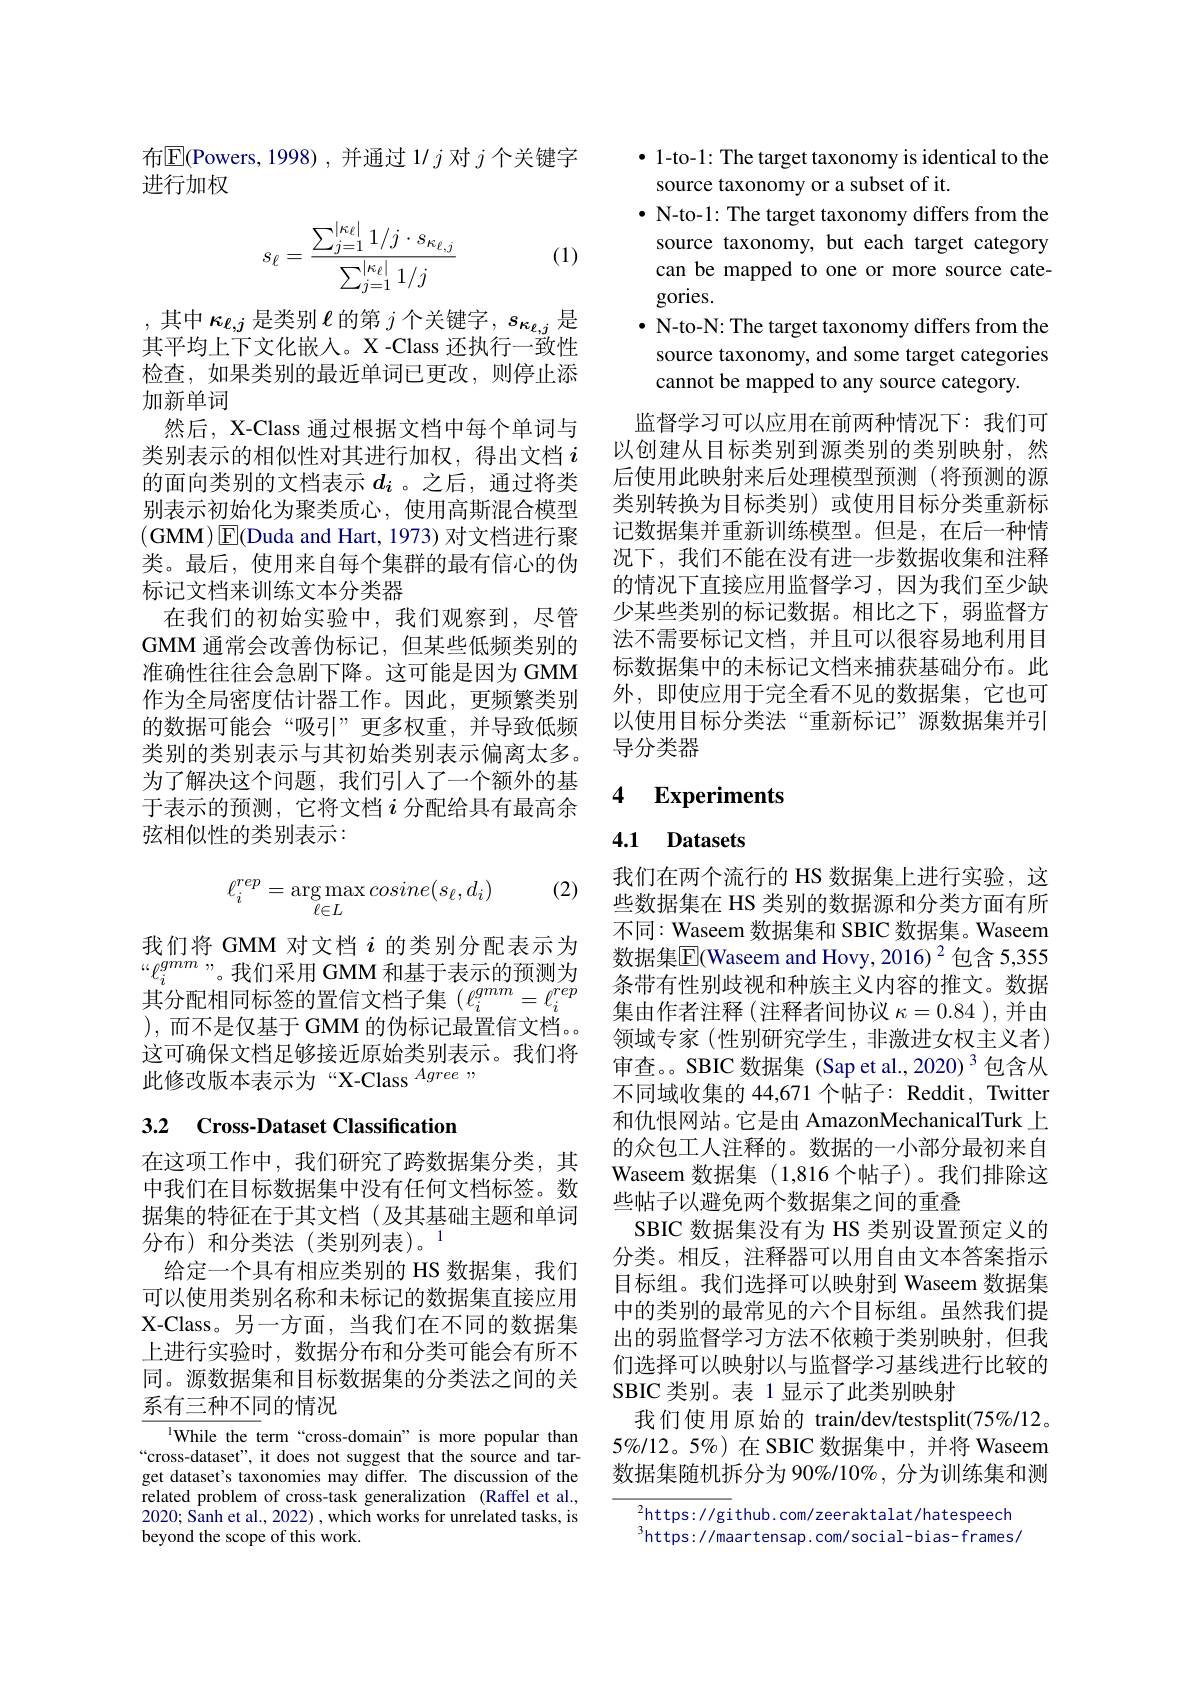
布$\boxed{\mathrm{E}}$(Powers,1998),并通过 1/ $j$对$j$个关键字
进行加权

(1)
$$s_\ell=\frac{\sum_{j=1}^{|\kappa_\ell|}1/j\cdot s_{\kappa_{\ell,j}}}{\sum_{j=1}^{|\kappa_\ell|}1/j}$$
,其中$\kappa_{\ell,j}$是类别$\ell$的第$j$个关键字$,s_\kappa_{\ell,j}$是其平均上下文化嵌入。X -Class 还执行一致性检查，如果类别的最近单词已更改，则停止添加新单词
然后，X-Class 通过根据文档中每个单词与类别表示的相似性对其进行加权，得出文档$i$ 的面向类别的文档表示$d_i$ 。之后，通过将类别表示初始化为聚类质心，使用高斯混合模型(GMM)$\boxed{\mathrm{E}}($Duda and Hart, 1973) 对文档进行聚类。最后，使用来自每个集群的最有信心的伪标记文档来训练文本分类器
在我们的初始实验中，我们观察到，尽管GMM 通常会改善伪标记，但某些低频类别的准确性往往会急剧下降。这可能是因为 GMM 作为全局密度估计器工作。因此，更频繁类别的数据可能会“吸引”更多权重，并导致低频类别的类别表示与其初始类别表示偏离太多。为了解决这个问题，我们引人了一个额外的基于表示的预测，它将文档$i$分配给具有最高余弦相似性的类别表示：

(2)
$$\ell_i^{rep}=\arg\max_{\ell\in L}cosine(s_\ell,d_i)$$
我们将 GMM 对文档$i$的类别分配表示为“$\ell_i^{gmm}$”。我们采用 GMM 和基于表示的预测为其分配相同标签的置信文档子集($\ell_i^{gmm}=\ell_i^{rep})$ ),而不是仅基于 GMM 的伪标记最置信文档。。这可确保文档足够接近原始类别表示。我们将此修改版本表示为“X-Class Agree ,,

# 3.2 Cross-Dataset Classification

在这项工作中，我们研究了跨数据集分类，其中我们在目标数据集中没有任何文档标签。数据集的特征在于其文档(及其基础主题和单词分布)和分类法(类别列表)。$^{1}$
给定一个具有相应类别的 HS 数据集，我们可以使用类别名称和未标记的数据集直接应用X-Class。另一方面，当我们在不同的数据集上进行实验时，数据分布和分类可能会有所不同。源数据集和目标数据集的分类法之间的关系有三种不同的情况

$^{1}$While the term“cross-domain”is more popular than “cross-dataset", it does not suggest that the source and target dataset's taxonomies may differ. The discussion of the related problem of cross-task generalization (Raffel et al., 2020; Sanh et al., 2022) , which works for unrelated tasks, is beyond the scope of this work.

· 1-to-1: The target taxonomy is identical to the
source taxonomy or a subset of it.
$\bullet$ N-to-1: The target taxonomy differs from the source taxonomy, but each target category can be mapped to one or more source categories.
$\bullet$ N-to-N: The target taxonomy differs from the
source taxonomy, and some target categories
cannot be mapped to any source category

监督学习可以应用在前两种情况下：我们可以创建从目标类别到源类别的类别映射，然后使用此映射来后处理模型预测(将预测的源类别转换为目标类别)或使用目标分类重新标记数据集并重新训练模型。但是，在后一种情况下，我们不能在没有进一步数据收集和注释的情况下直接应用监督学习，因为我们至少缺少某些类别的标记数据。相比之下，弱监督方法不需要标记文档，并且可以很容易地利用目标数据集中的未标记文档来捕获基础分布。此外，即使应用于完全看不见的数据集，它也可以使用目标分类法“重新标记”源数据集并引导分类器

### 4 $\textbf{Experiments}$

## 4.1 Datasets

我们在两个流行的 HS 数据集上进行实验，这些数据集在 HS 类别的数据源和分类方面有所不同：Waseem 数据集和 SBIC 数据集。Waseem 数据集$\boxed{\mathrm{F}}($Waseem and Hovy, 2016)$^2$ 包含 5,355条带有性别歧视和种族主义内容的推文。数据集由作者注释(注释者间协议$\kappa=0.84$ ), 并由领域专家(性别研究学生，非激进女权主义者) 审查。SBIC 数据集 (Sap et al.,2020) 3 包含从不同域收集的 44,671 个帖子：Reddit, Twitter 和仇恨网站。它是由 AmazonMechanicalTurk\_上的众包工人注释的。数据的一小部分最初来自Waseem 数据集 (1,816 个帖子)。我们排除这些帖子以避免两个数据集之间的重叠
SBIC 数据集没有为 HS 类别设置预定义的分类。相反，注释器可以用自由文本答案指示目标组。我们选择可以映射到 Waseem 数据集中的类别的最常见的六个目标组。虽然我们提出的弱监督学习方法不依赖于类别映射，但我们选择可以映射以与监督学习基线进行比较的SBIC 类别。表 1 显示了此类别映射
我们使用原始的 train/dev/testsplit(75%/12。$5\%/12。5\%)$在 SBIC 数据集中，并将 Waseem 数据集随机拆分为 90%/10%, 分为训练集和测

${^2\text{https: / / gi }}$thub.com/zeeraktalat/hatespeech $^3$https://maartensap.com/social-bias-frames/